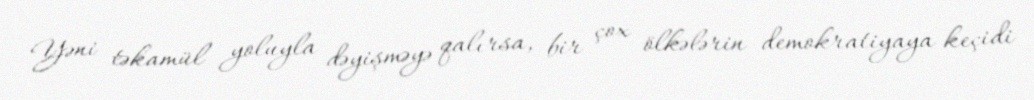
Yəni təkamül yoluyla dəyişməyə qalırsa, bir çox ölkələrin demokratiyaya keçidi